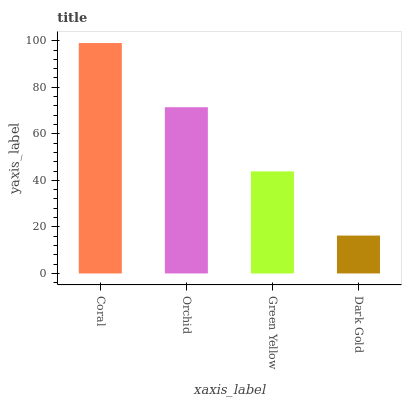
| xaxis_label | bars |
 | --- | --- |
 | Coral | 99 |
 | Orchid | 71.4 |
 | Green Yellow | 43.9 |
 | Dark Gold | 16.3 |